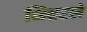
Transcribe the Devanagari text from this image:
भितरलें